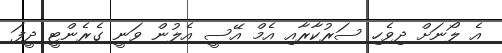
އެ ލޯނަށް ދިވެހި ސަރުުކާރާއި އެމް އޭސީ އެލުން ވަނީ ގެރެންޓީ ދީފަ